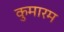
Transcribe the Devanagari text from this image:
कुमारम